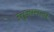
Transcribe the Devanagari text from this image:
उत्तुजाराला